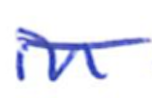
Text: in
Cross-out: single-line
Writing tool: ballpoint